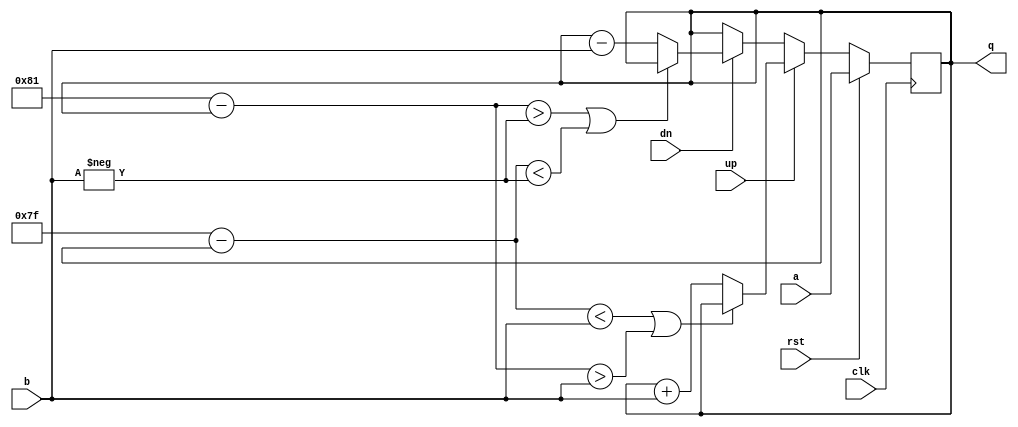
`timescale 1ns/1ps

module up_down_counter(
			input clk,
			input signed [7:0] a,
			input signed [7:0] b,
			input up,
			input dn,
			input rst,
		  	output reg signed [7:0] q
		);
		reg [7:0] q_temp;

		always @(posedge clk) begin
			if(rst)
				q<=a;
			else begin
				if (up) begin
					if (((127-q)<b) || ((-127-q)>b))
					q<=q;
					else
					q <= q+b;
						//	if ((q_temp == 8'b10000000) || ((a[7]==b[7])&&(a[7] != q_temp[7])))
                                  		//      	q <= q;
                                		//	else
                                		//	        q <= q_temp;
				end	
				else if (dn)begin
					if ((-127-q>-b) || (127-q<-b))
					q<=q;
			        	else	
					q<=q-b;
					//q_temp <= q-b;
			        end
			
//				if ((q_temp == 8'b10000000) || ((a[7]==b[7])&&(a[7] != q_temp[7])))
//					q <= q;
//				else
//					q <= q_temp;
			end
		end

		endmodule